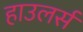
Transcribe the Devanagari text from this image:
हाउलर्स